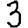
Digit: 3